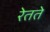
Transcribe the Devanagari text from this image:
रेतते